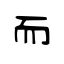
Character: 而